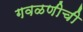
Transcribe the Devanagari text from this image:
गवळणीची